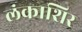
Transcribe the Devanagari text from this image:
लंकाशिर